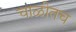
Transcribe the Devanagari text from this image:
चाळीतच